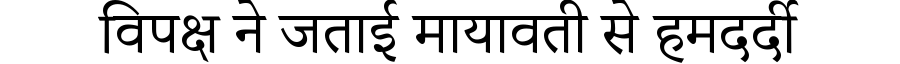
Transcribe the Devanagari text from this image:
विपक्ष ने जताई मायावती से हमदर्दी